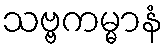
သဗ္ဗကမ္မာနံ